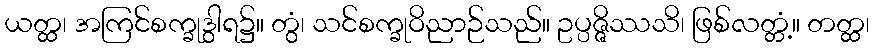
ယတ္ထ၊ အကြင်စက္ခုဒွါရ၌။ တွံ၊ သင်စက္ခုဝိညာဉ်သည်။ ဥပ္ပဇ္ဇိဿသိ၊ ဖြစ်လတ္တံ့။ တတ္ထ၊